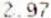
2.97